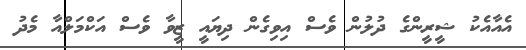
އެއާއެކު ޝީރީންގެ ދުލުން ވެސް އިވިގެން ދިޔައީ ޒީވާ ވެސް އަކްމަލްއާ މެދު